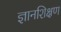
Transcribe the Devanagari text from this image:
ज्ञानशिक्षण